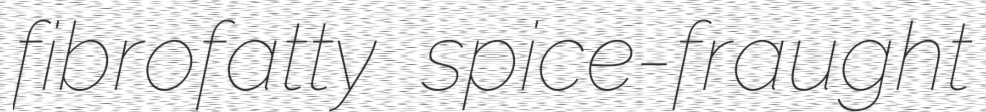
fibrofatty spice-fraught